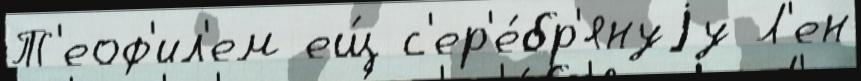
Т'еоф'ил'ем ещ́ с'ер'е́бр'януjу Л'ен